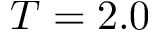
T = 2 . 0